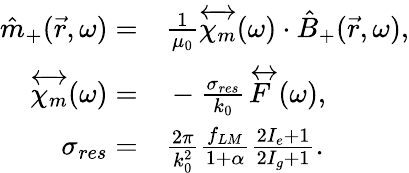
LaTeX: \begin{array}{rl}{\hat{m}_{+}(\vec{r},\omega)=}&{{}\frac{1}{\mu_{0}}\overleftrightarrow{\chi_{m}}(\omega)\cdot\hat{B}_{+}(\vec{r},\omega),}\\ {\overleftrightarrow{\chi_{m}}(\omega)=}&{{}-\frac{\sigma_{res}}{k_{0}}\overleftrightarrow{F}(\omega),}\\ {\sigma_{res}=}&{{}\frac{2\pi}{k_{0}^{2}}\frac{f_{LM}}{1+\alpha}\frac{2I_{e}+1}{2I_{g}+1}.}\end{array}